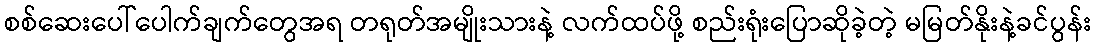
စစ်ဆေးပေါ်ပေါက်ချက်တွေအရ တရုတ်အမျိုးသားနဲ့ လက်ထပ်ဖို့ စည်းရုံးပြောဆိုခဲ့တဲ့ မမြတ်နိုးနဲ့ခင်ပွန်း